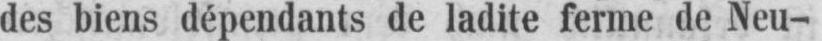
des biens dépendants de ladite ferme de Neu-